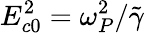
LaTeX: E_{c0}^{2}=\omega_{P}^{2}/\tilde{\gamma}